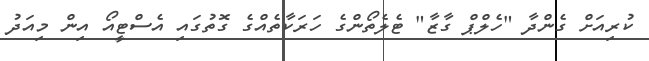
ކުރިއަށް ގެންދާ "ހެލްޕް ގާޒާ" ޓެލެތޯންގެ ހަރަކާތެއްގެ ގޮތުގައި އެސްޓީއޯ އިން މިއަދު